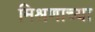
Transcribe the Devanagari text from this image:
मिश्रणाच्या